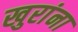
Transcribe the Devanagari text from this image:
खुरांना